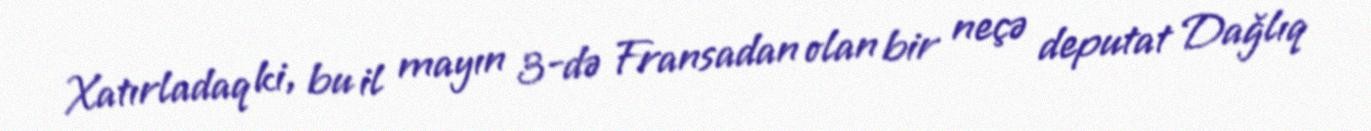
Xatırladaq ki, bu il mayın 3-də Fransadan olan bir neçə deputat Dağlıq